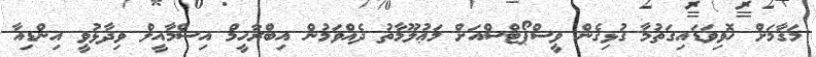
މަޤާމަށް ހޮވިވަޑައިގަތުމާ ގުޅިގެން ވީސްޕޯޓްސްއަށް މަޢުލޫމާތު ދެއްވަމުން އިބްރާހީމް އިސްމާއީލް ވިދާޅުވީ އިންޑިއާ